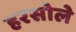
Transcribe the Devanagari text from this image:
हरसोले